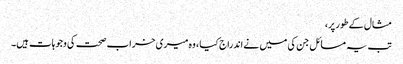
مثال کے طور پر،
تب یہ مسائل جن کی میں نے اندراج کیا ، وہ میری خراب صحت کی وجوہات ہیں۔